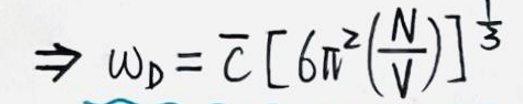
\(\Rightarrow \omega_D = \overline{c} \left[ 6 \pi^2 \left( \frac{N}{V} \right) \right]^{\frac{1}{3}}\)